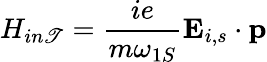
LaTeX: H_{in\mathscr{T}}=\frac{{ie}}{{m\omega_{1S}}}{\mathbf{E}}_{i,s}\cdot{\mathbf{p}}